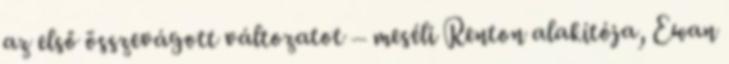
az első összevágott változatot – meséli Renton alakítója, Ewan